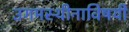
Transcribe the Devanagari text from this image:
उगमस्थीनाविषयी